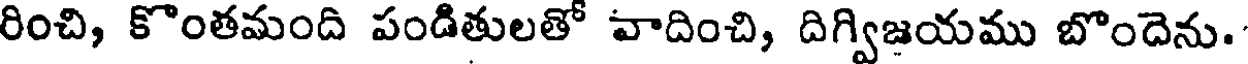
రించి, కొంతమంది పండితులతో వాదించి, దిగ్విజయము బొందెను.